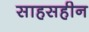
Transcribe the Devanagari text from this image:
साहसहीन